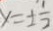
x = \pm \frac { 1 } { 2 }